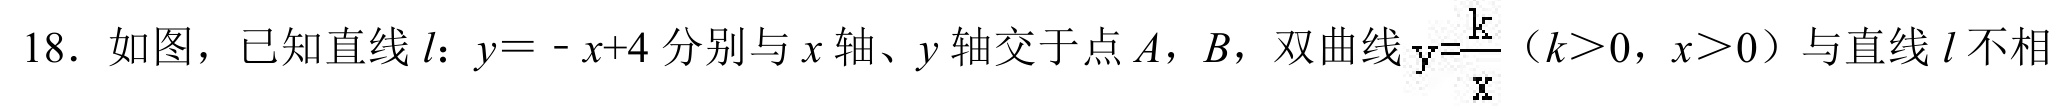
18. 如图，已知直线\(l\)：\(y = -x + 4\)分别与\(x\)轴、\(y\)轴交于点\(A\)，\(B\)，双曲线\(y=\frac{k}{x}\)（\(k>0\)，\(x>0\)）与直线\(l\)不相